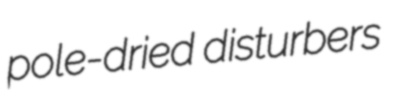
pole-dried disturbers